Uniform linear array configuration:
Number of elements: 4
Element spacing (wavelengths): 0.75
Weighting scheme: hann
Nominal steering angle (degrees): -45
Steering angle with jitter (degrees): -45.054
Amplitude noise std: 0.05
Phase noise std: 0.05

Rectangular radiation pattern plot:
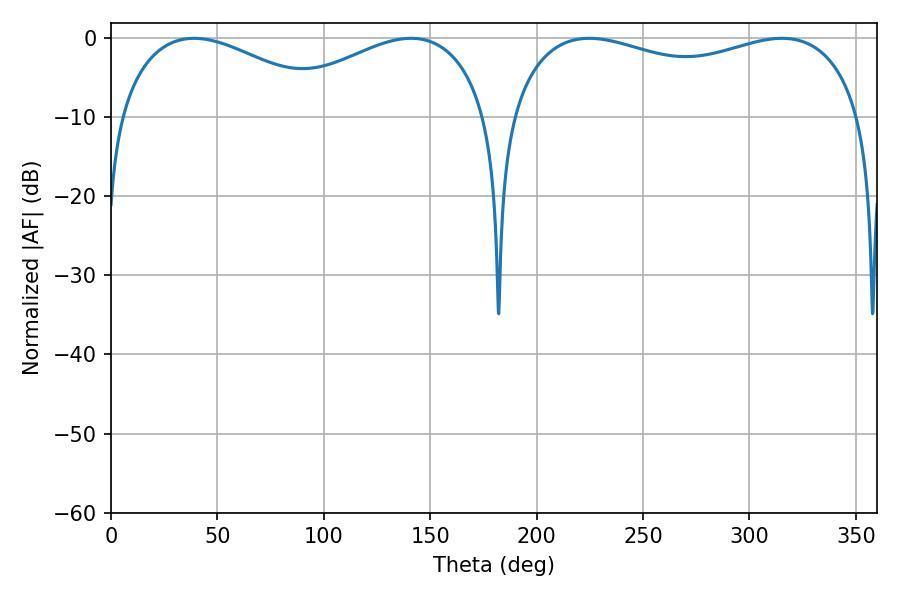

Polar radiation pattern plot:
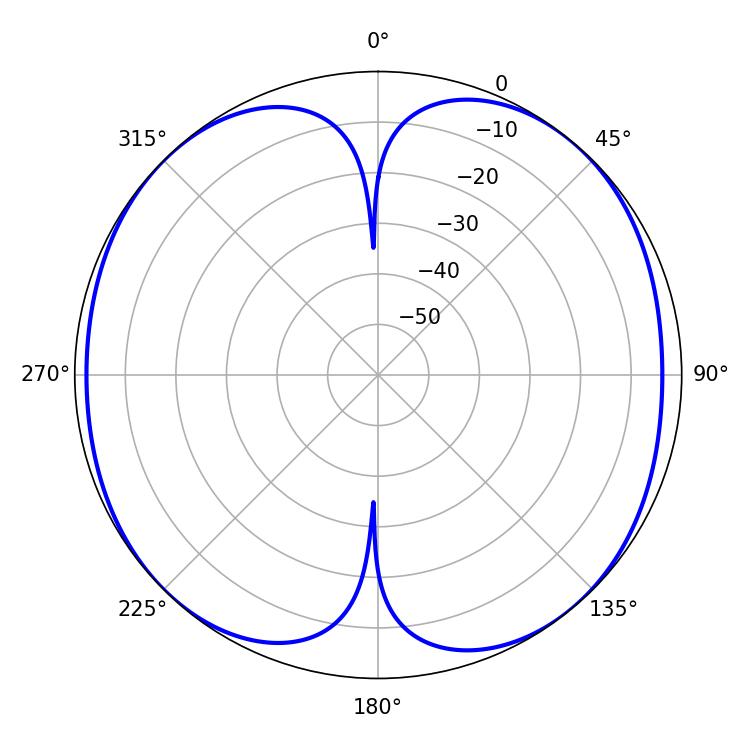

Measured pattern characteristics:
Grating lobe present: TRUE
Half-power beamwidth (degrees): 57.06
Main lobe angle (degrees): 39.06